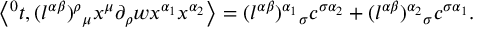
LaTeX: \left\langle { ^ 0 t } , { ( l ^ { \alpha \beta } ) ^ { \rho } } _ { \mu } x ^ { \mu } \partial _ { \rho } w x ^ { \alpha _ { 1 } } x ^ { \alpha _ { 2 } } \right\rangle = { ( l ^ { \alpha \beta } ) ^ { \alpha _ { 1 } } } _ { \sigma } c ^ { \sigma \alpha _ { 2 } } + { ( l ^ { \alpha \beta } ) ^ { \alpha _ { 2 } } } _ { \sigma } c ^ { \sigma \alpha _ { 1 } } .